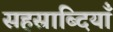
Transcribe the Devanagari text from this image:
सहस्राब्दियाँ